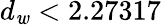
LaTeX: d_{\mathit{w}}<2.27317